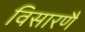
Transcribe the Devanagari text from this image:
विसारणै